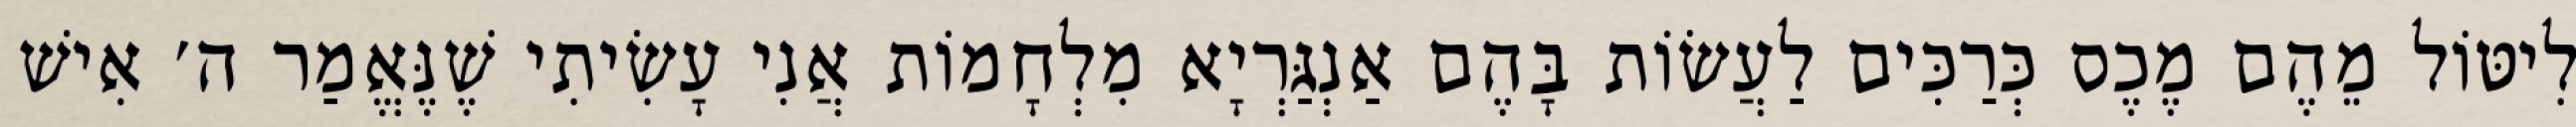
לִיטּוֹל מֵהֶם מֶכֶס כְּרַכִּים לַעֲשׂוֹת בָּהֶם אַנְגַּרְיָא מִלְחָמוֹת אֲנִי עָשִׂיתִי שֶׁנֶּאֱמַר ה׳ אִישׁ